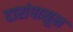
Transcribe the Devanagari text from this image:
दारांपासून